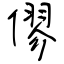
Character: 僇